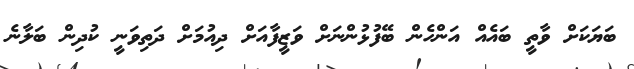
ބަޔަކަށް ވާތީ ބައެެއް އަންހެން ބޭފުޅުންނަށް ވަޒީފާއަށް ދިއުމަށް ދަތިވަނީ ކުދިން ބަލާނެ